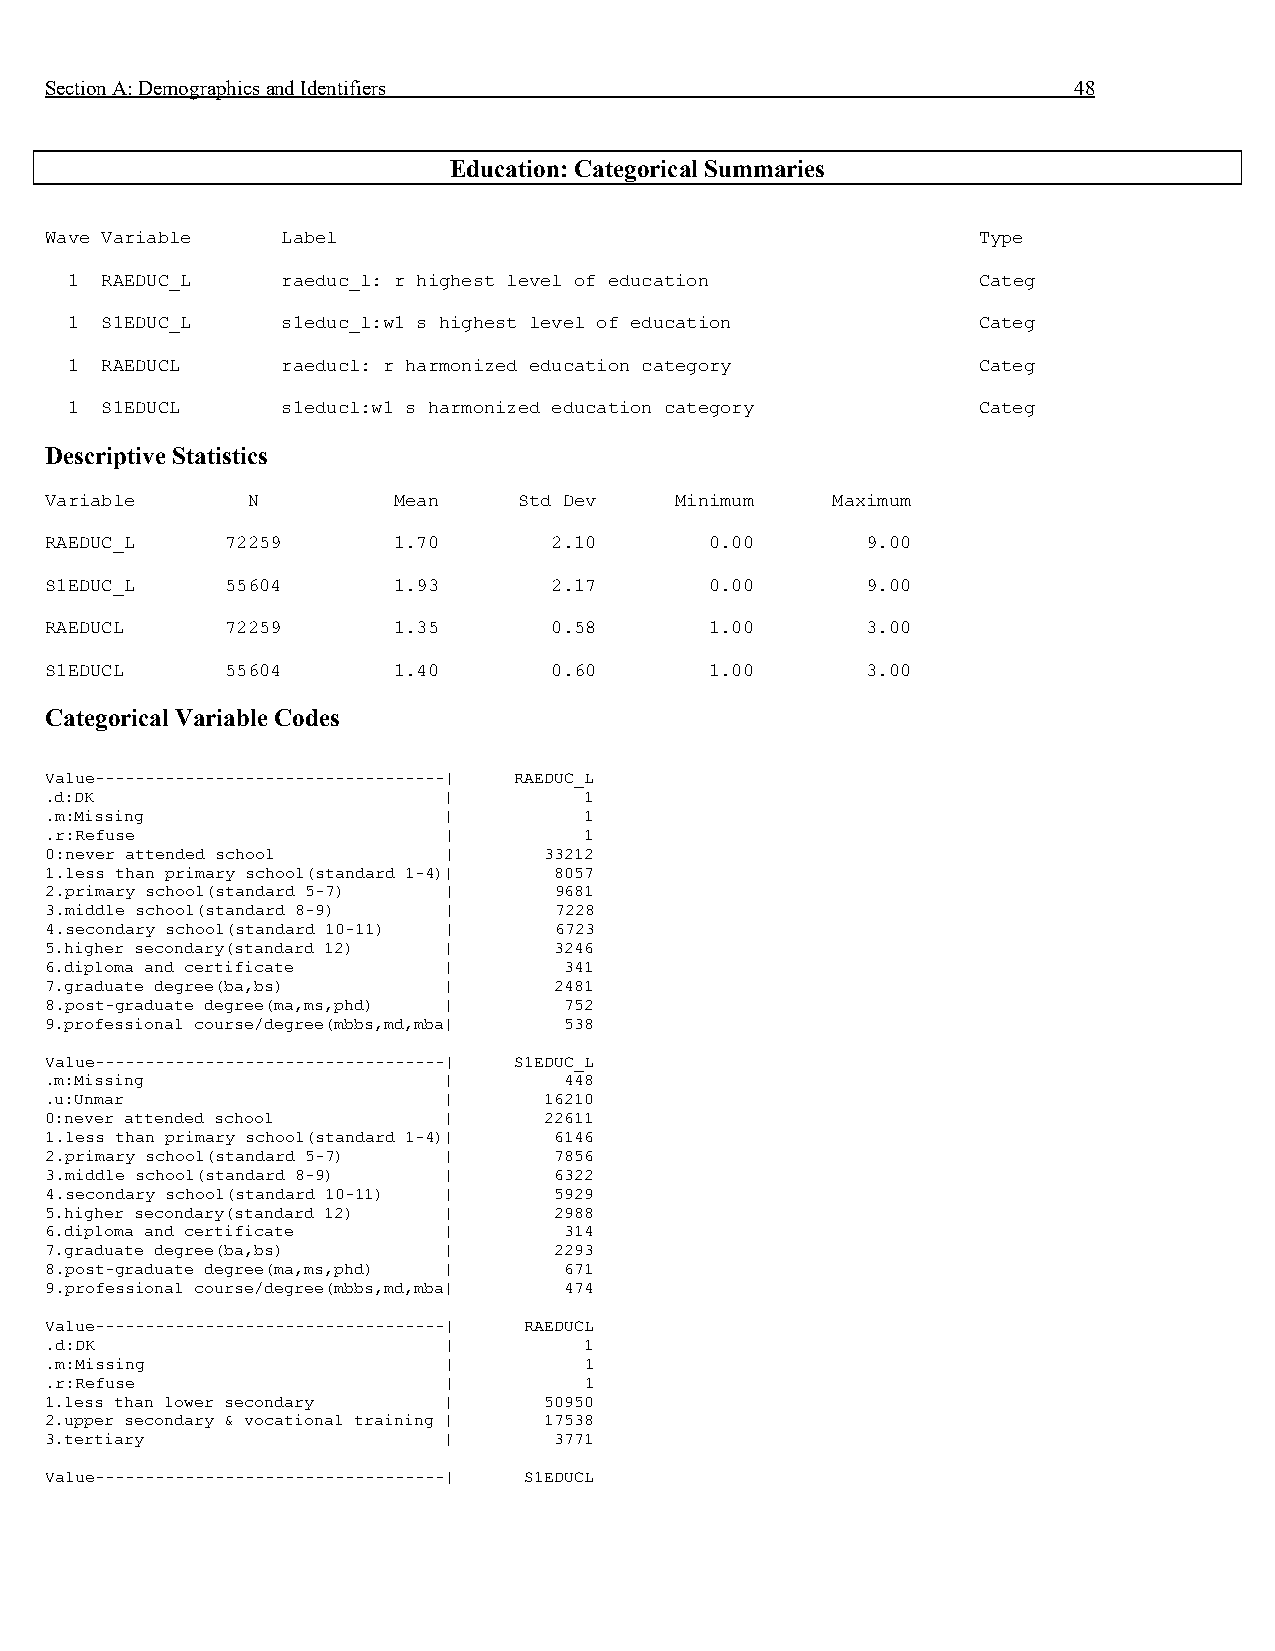
Section A: Demographics and Identifiers                             48
 Education: Categorical Summaries
 Wave Variable   Label                                         Type
 1  RAEDUC_L    raeduc_l: r highest level of education        Categ
 1  S1EDUC_L    s1educ_l:w1 s highest level of education      Categ
 1  RAEDUCL     raeducl: r harmonized education category      Categ
 1  S1EDUCL     s1educl:w1 s harmonized education category    Categ
 Descriptive Statistics
 Variable     N         Mean    Std Dev    Minimum   Maximum
 RAEDUC_L    72259      1.70      2.10       0.00      9.00
 S1EDUC_L    55604      1.93      2.17       0.00      9.00
 RAEDUCL     72259      1.35      0.58       1.00      3.00
 S1EDUCL     55604      1.40      0.60       1.00      3.00
 Categorical Variable Codes
 Value-----------------------------------| RAEDUC_L
 .d:DK                     |         1
 .m:Missing                |         1
 .r:Refuse                 |         1
 0:never attended school   |      33212
 1.less than primary school(standard 1-4)| 8057
 2.primary school(standard 5-7) |  9681
 3.middle school(standard 8-9) |   7228
 4.secondary school(standard 10-11) | 6723
 5.higher secondary(standard 12) | 3246
 6.diploma and certificate |       341
 7.graduate degree(ba,bs)  |       2481
 8.post-graduate degree(ma,ms,phd) | 752
 9.professional course/degree(mbbs,md,mba| 538
 Value-----------------------------------| S1EDUC_L
 .m:Missing                |       448
 .u:Unmar                  |      16210
 0:never attended school   |      22611
 1.less than primary school(standard 1-4)| 6146
 2.primary school(standard 5-7) |  7856
 3.middle school(standard 8-9) |   6322
 4.secondary school(standard 10-11) | 5929
 5.higher secondary(standard 12) | 2988
 6.diploma and certificate |       314
 7.graduate degree(ba,bs)  |       2293
 8.post-graduate degree(ma,ms,phd) | 671
 9.professional course/degree(mbbs,md,mba| 474
 Value-----------------------------------| RAEDUCL
 .d:DK                     |         1
 .m:Missing                |         1
 .r:Refuse                 |         1
 1.less than lower secondary |    50950
 2.upper secondary & vocational training | 17538
 3.tertiary                |       3771
 Value-----------------------------------| S1EDUCL